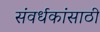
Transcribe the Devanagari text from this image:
संवर्धकांसाठी